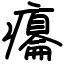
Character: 癟